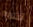
أشتريه